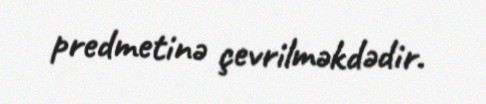
predmetinə çevrilməkdədir.